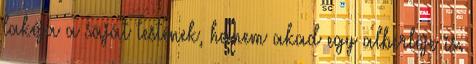
lakója a saját testének, hanem akad egy albérlője is.